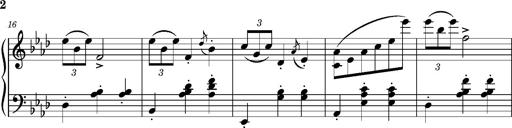
Title: Petite valse favorite
Composer: Franz Liszt
Key: A-flat major